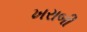
ખરાબી